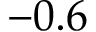
- 0 . 6